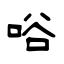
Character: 唂